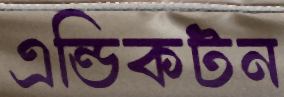
এন্ডিকটন